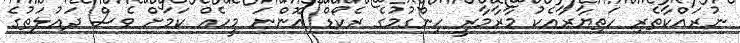
ނުރައްކާތެރި ހަތިޔާރާއެކު މާރާމާރީ ހިންގުމުގެ ރެކޯޑް އޮންނަ މީހެއް ކަމަށް ވެސް ދައުލަތުގެ